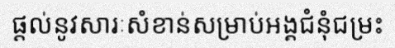
ផ្តល់នូវសារៈសំខាន់សម្រាប់អង្គជំនុំជម្រះ